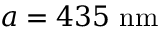
a = 4 3 5 \ \mathrm { n m }